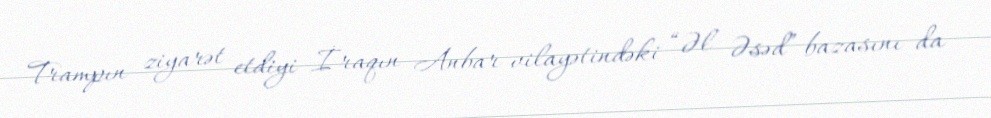
Trampın ziyarət etdiyi İraqın Anbar vilayətindəki “Əl Əsəd” bazasını da